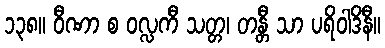
၁၃၈။ ဝီဏာ စ ဝလ္လကီ သတ္တ၊ တန္တီ သာ ပရိဝါဒိနီ။